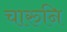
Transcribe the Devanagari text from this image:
चारुनि